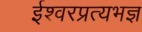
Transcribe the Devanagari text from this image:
ईश्वरप्रत्यभज्ञ